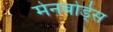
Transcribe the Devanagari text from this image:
मेनबोर्ड्स